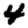
Digit: 4